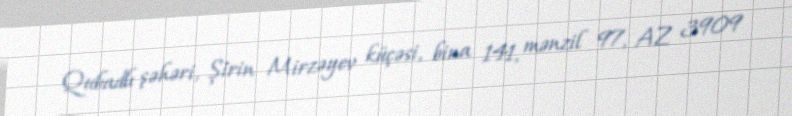
Qubadlı şəhəri, Şirin Mirzəyev küçəsi, bina 141, mənzil 97, AZ 3909